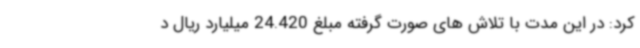
کرد: در این مدت با تلاش های صورت گرفته مبلغ 24.420 میلیارد ریال د